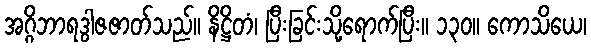
အဂ္ဂိဘာရဒွါဇဇာတ်သည်။ နိဋ္ဌိတံ၊ ပြီးခြင်းသို့ရောက်ပြီး။ ၁၃၀။ ကောသိယေ၊